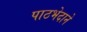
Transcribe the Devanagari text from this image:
पाठभेदाने